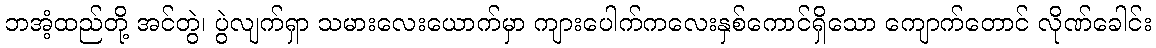
ဘအံ့ထည်တို့ အင်တွဲ၊ ပွဲလျက်ရှာ သမားလေးယောက်မှာ ကျားပေါက်ကလေးနှစ်ကောင်ရှိသော ကျောက်တောင် လိုဏ်ခေါင်း